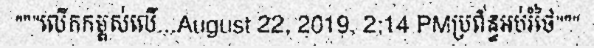
"""លើកកម្ពស់លើ...August 22, 2019, 2:14 PMប្រព័ន្ធអប់រំថៃ"""